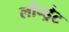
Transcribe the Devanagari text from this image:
लौन्ड्रेट